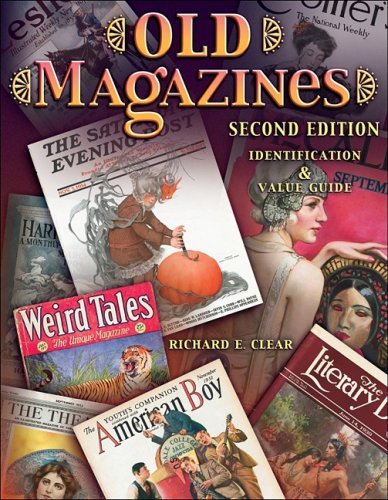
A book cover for Old Magazines (Old Magazines: Identification & Value Guide); Richard E. Clear; Crafts, Hobbies & Home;